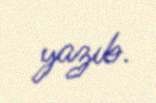
yazıb.